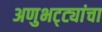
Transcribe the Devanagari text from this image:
अणुभट्ट्यांचा